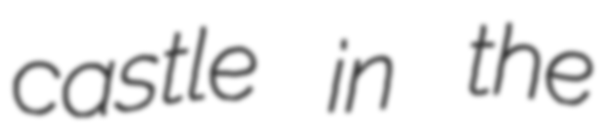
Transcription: castle in the